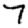
Digit: 7